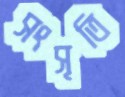
সংসৃতি